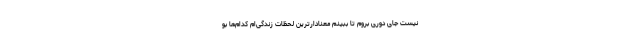
نیست جای دوری بروم تا ببینم معنادارترین لحظات زندگی‌ام کدام‌ها بو